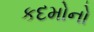
કદમોનો